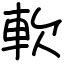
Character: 軟